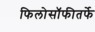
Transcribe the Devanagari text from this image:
फिलोसॉफीतर्फे